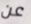
عن